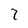
Character: 7